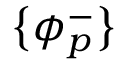
\big \{ \phi _ { p } ^ { - } \big \}